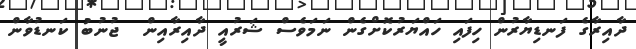
ދާއިރާގެ ފަނޑިޔާރުން ހިފައި ހައްޔަރުކޮށްގެން ނަމަވެސް ޝަރުއީ ދާއިރާއިން  ޖުނުބު ކަނޑުވާން